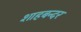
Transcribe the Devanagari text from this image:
शाहबन्दर